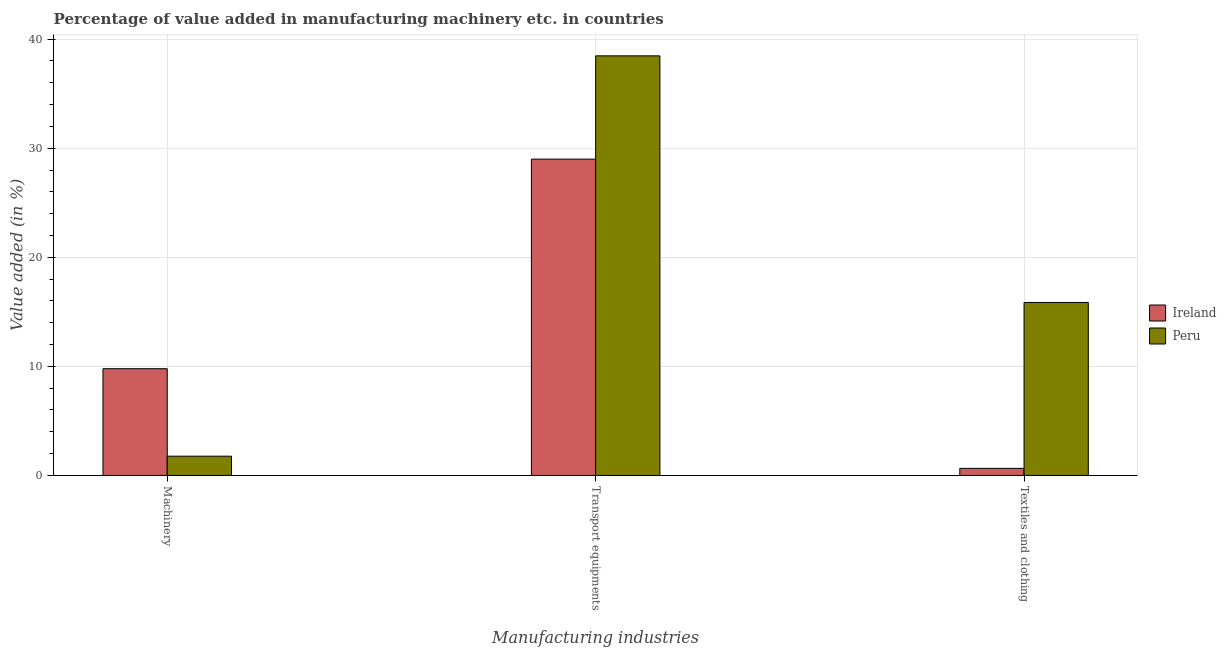
| Manufacturing industries | Ireland | Peru |
 | --- | --- | --- |
 | Machinery | 9.79 | 1.77 |
 | Transport equipments | 29 | 38.5 |
 | Textiles and clothing | 0.65 | 15.9 |